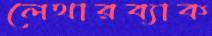
লেথারব্যাক